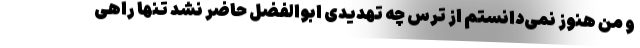
و من هنوز نمی‌دانستم از ترس چه تهدیدی ابوالفضل حاضر نشد تنها راهی